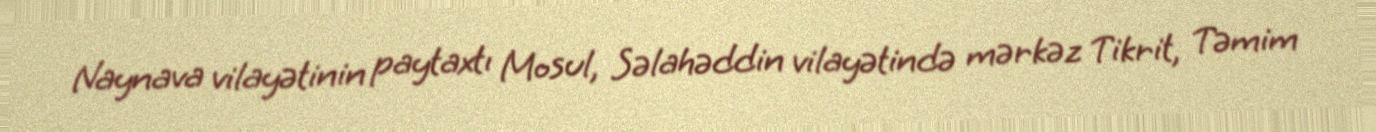
Naynava vilayətinin paytaxtı Mosul, Səlahəddin vilayətində mərkəz Tikrit, Təmim